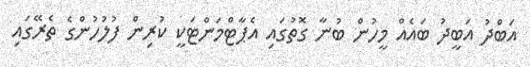
އަބްދު އަބީދު ބައެއް މީހުން ބުނާ ގޮތުގައި އެޕާޓްމަންޓަކީ ކުރިން ފުލުހުންގެ ތެރޭގައި